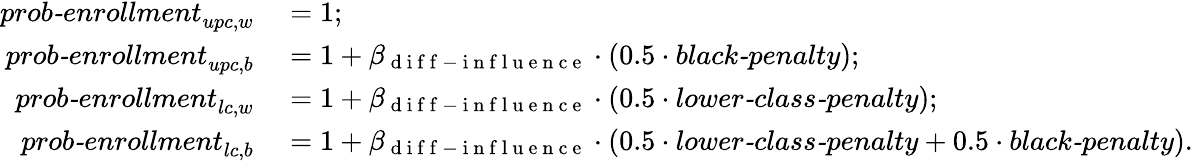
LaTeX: \begin{array}{rl}{\textit{prob-enrollment}_{upc,w}}&{{}=1;}\\ {\textit{prob-enrollment}_{upc,b}}&{{}=1+\beta_{\mathrm{~d~i~f~f~-~i~n~f~l~u~e~n~c~e~}}\cdot(0.5\cdot\textit{black-penalty});}\\ {\textit{prob-enrollment}_{lc,w}}&{{}=1+\beta_{\mathrm{~d~i~f~f~-~i~n~f~l~u~e~n~c~e~}}\cdot(0.5\cdot\textit{lower-class-penalty});}\\ {\textit{prob-enrollment}_{lc,b}}&{{}=1+\beta_{\mathrm{~d~i~f~f~-~i~n~f~l~u~e~n~c~e~}}\cdot(0.5\cdot\textit{lower-class-penalty}+0.5\cdot\textit{black-penalty}).}\end{array}